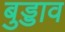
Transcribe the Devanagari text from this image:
बुड्डाव